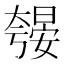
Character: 𱘼